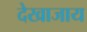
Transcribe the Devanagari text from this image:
देखाजाय